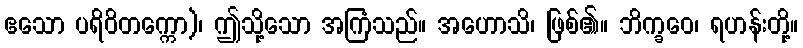
ဧသော ပရိဝိတက္ကော)၊ ဤသို့သော အကြံသည်။ အဟောသိ၊ ဖြစ်၏။ ဘိက္ခဝေ၊ ရဟန်းတို့။